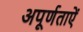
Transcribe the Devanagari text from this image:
अपूर्णताऐं